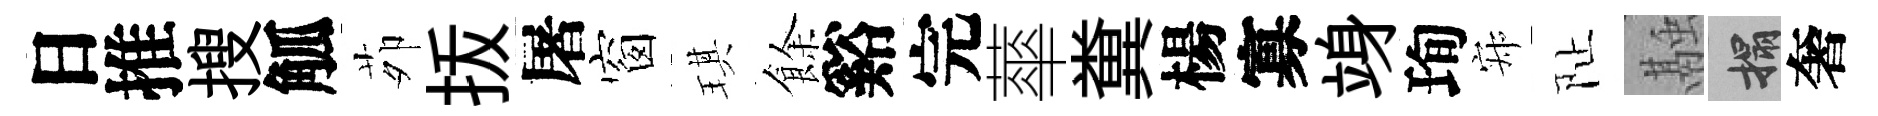
日推搜觚茆㧞屠窗琪餘谿完蕐糞楊寡竧珣寂阯融搨奢